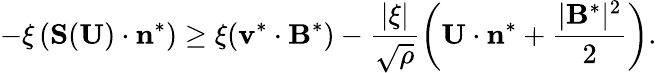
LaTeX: -\xi\left(\mathbf{S}(\mathbf{U})\cdot\mathbf{n}^{*}\right)\geq\xi(\mathbf{v}^{*}\cdot\mathbf{B}^{*})-\frac{|\xi|}{\sqrt{\rho}}\left(\mathbf{U}\cdot\mathbf{n}^{*}+\frac{|\mathbf{B}^{*}|^{2}}{2}\right).